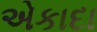
એકાદા